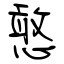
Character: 憨